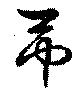
弔